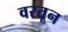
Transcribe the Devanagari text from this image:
वरतून